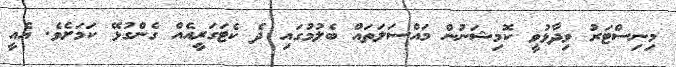
މިނިސްޓަރު ވިދާޅުވީ ކޮމިޝަނުން މައްސަލަތައް ބެލުމުގައި ދެ ކެޓަގަރީއެއް ގެންގުޅޭ ކަމަށެވެ. އެއީ